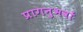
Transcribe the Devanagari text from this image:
प्रागनुभवों